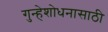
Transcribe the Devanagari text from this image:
गुन्हेशोधनासाठी